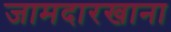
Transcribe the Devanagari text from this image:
जामदारखाना